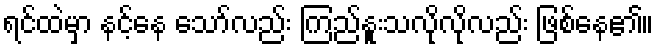
ရင်ထဲမှာ နင့်နေ သော်လည်း ကြည်နူးသလိုလိုလည်း ဖြစ်နေ၏။